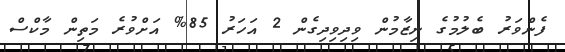
ފެންވަރު ބެލުމުގެ ނިޒާމުން ވިދިވިދިގެން 2 އަހަރު 85% އަށްވުރެ މަތިން މާކްސް